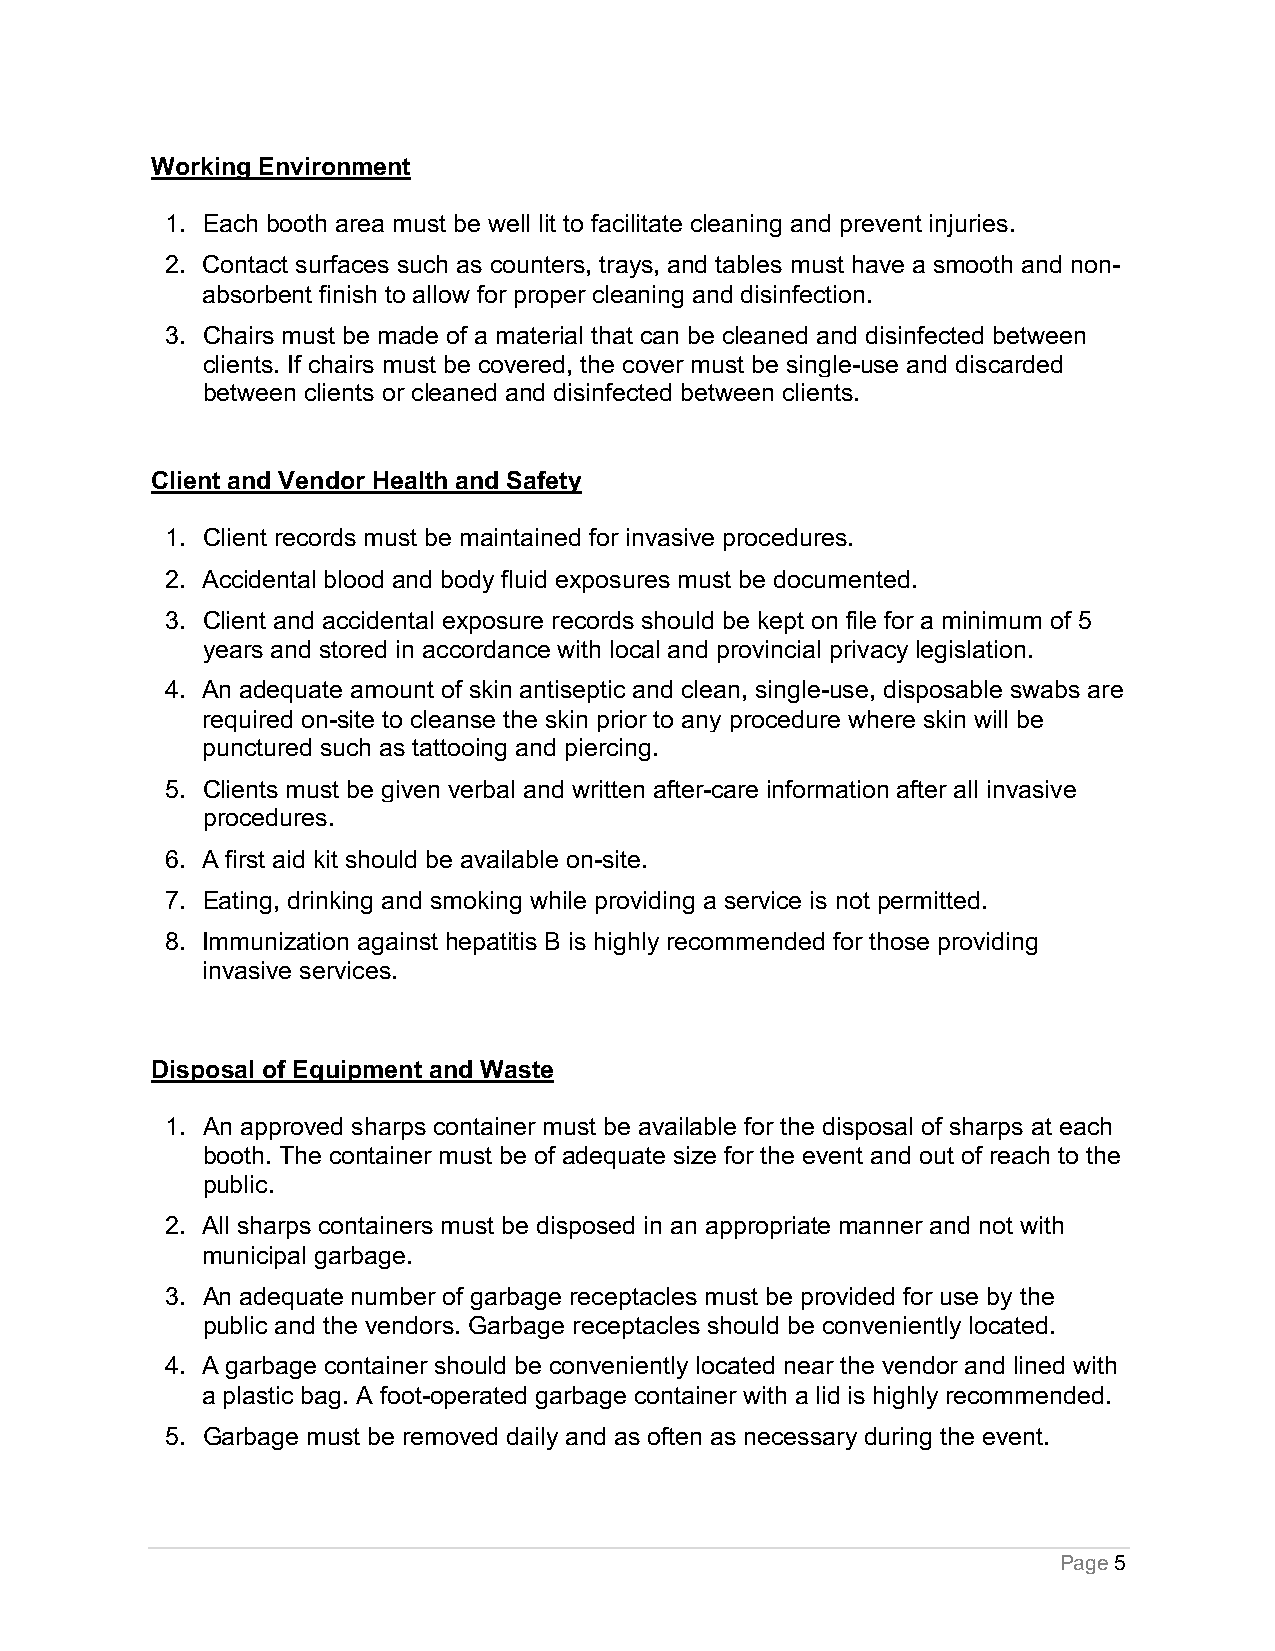
Working Environment
 1. Each booth area must be well lit to facilitate cleaning and prevent injuries.
 2. Contact surfaces such as counters, trays, and tables must have a smooth and non-
 absorbent finish to allow for proper cleaning and disinfection.
 3. Chairs must be made of a material that can be cleaned and disinfected between
 clients. If chairs must be covered, the cover must be single-use and discarded
 between clients or cleaned and disinfected between clients.
 Client and Vendor Health and Safety
 1. Client records must be maintained for invasive procedures.
 2. Accidental blood and body fluid exposures must be documented.
 3. Client and accidental exposure records should be kept on file for a minimum of 5
 years and stored in accordance with local and provincial privacy legislation.
 4. An adequate amount of skin antiseptic and clean, single-use, disposable swabs are
 required on-site to cleanse the skin prior to any procedure where skin will be
 punctured such as tattooing and piercing.
 5. Clients must be given verbal and written after-care information after all invasive
 procedures.
 6. A first aid kit should be available on-site.
 7. Eating, drinking and smoking while providing a service is not permitted.
 8. Immunization against hepatitis B is highly recommended for those providing
 invasive services.
 Disposal of Equipment and Waste
 1. An approved sharps container must be available for the disposal of sharps at each
 booth. The container must be of adequate size for the event and out of reach to the
 public.
 2. All sharps containers must be disposed in an appropriate manner and not with
 municipal garbage.
 3. An adequate number of garbage receptacles must be provided for use by the
 public and the vendors. Garbage receptacles should be conveniently located.
 4. A garbage container should be conveniently located near the vendor and lined with
 a plastic bag. A foot-operated garbage container with a lid is highly recommended.
 5. Garbage must be removed daily and as often as necessary during the event.
 Page 5